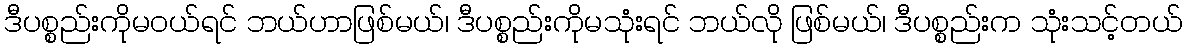
ဒီပစ္စည်းကိုမဝယ်ရင် ဘယ်ဟာဖြစ်မယ်၊ ဒီပစ္စည်းကိုမသုံးရင် ဘယ်လို ဖြစ်မယ်၊ ဒီပစ္စည်းက သုံးသင့်တယ်